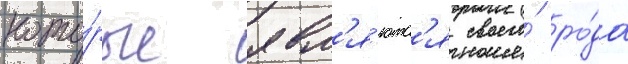
кото́рые явл'я́ютс'я своего́ ро́да